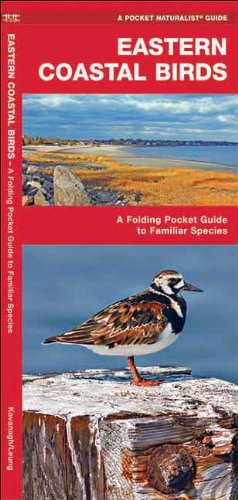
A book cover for Eastern Coastal Birds: A Folding Pocket Guide to Familiar Species (Pocket Naturalist Guide Series); James Kavanagh; Travel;